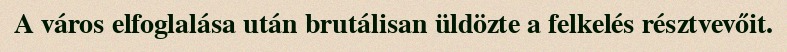
A város elfoglalása után brutálisan üldözte a felkelés résztvevőit.